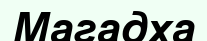
Магадха